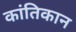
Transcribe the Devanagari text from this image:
कांतिकान